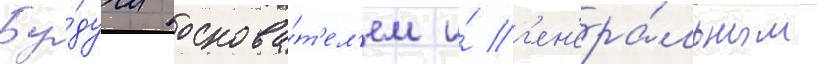
Бу́дучи основа́т'ел'ем и́ г'ен'ера́льным